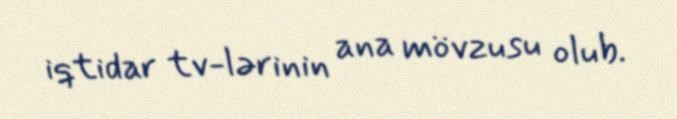
iqtidar tv-lərinin ana mövzusu olub.